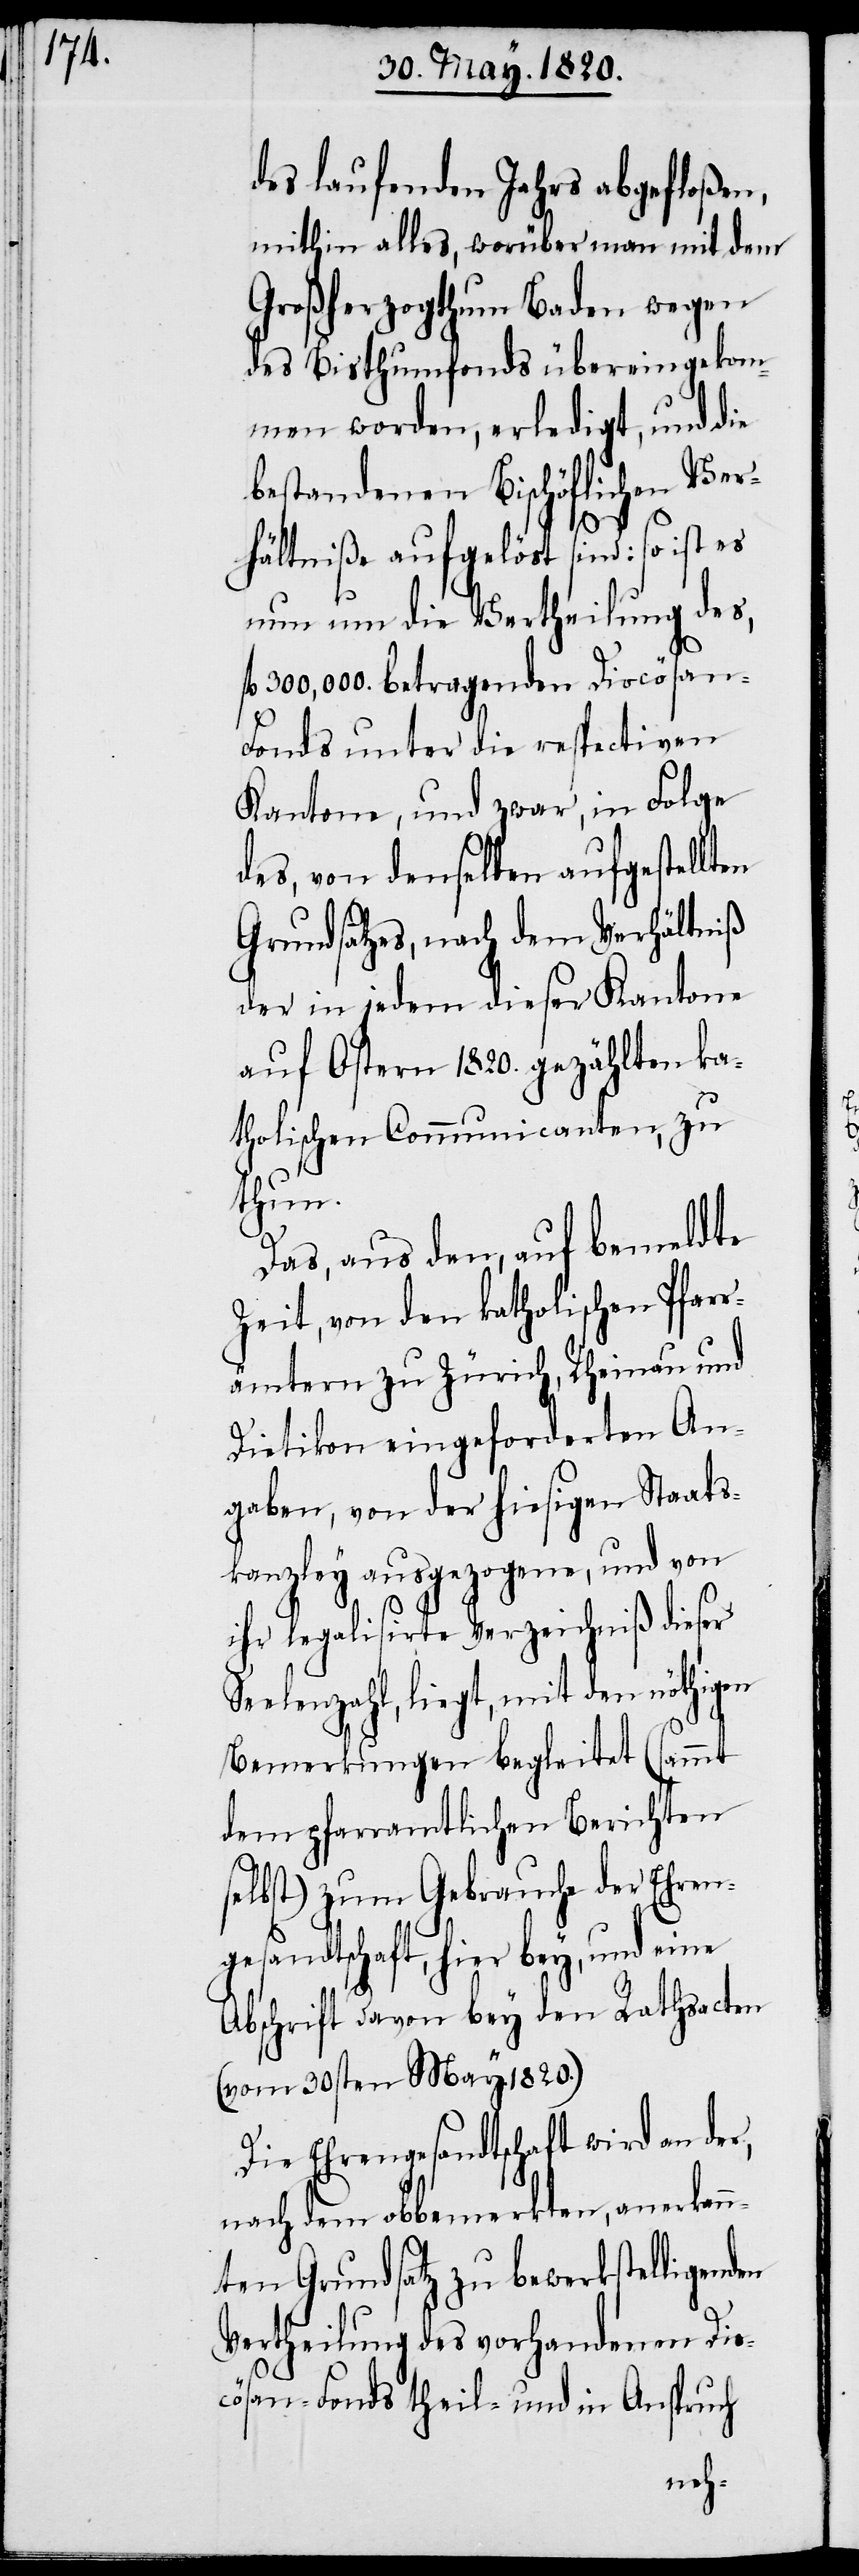
des laufenden Jahrs abgefloßen,
mithin alles, worüber man mit dem
Großherzogthum Baden wegen
des Bisthumfonds übereingekom¬
men worden, erledigt, und die
bestandenen Bischöflichen Ver¬
hältniße aufgelöst sind: so ist es
nun um die Vertheilung des,
fl. 300,000. betragenden Diocösan-F¬
onds unter die respectiven
Kantone, und zwar, in Folge
des, von denselben aufgestellten
Grundsatzes, nach dem Verhältniß
der in jedem dieser Kantone
auf Ostern 1820. gezählten ka¬
tholischen Communicanten, zu
thun.
Das, aus den, auf bemeldte
Zeit, von den katholischen Pfarr¬
ämtern zu Zürich, Rheinau und
Dietikon eingeforderten An¬
gaben, von der hiesigen Staats¬
kanzley ausgezogene, und von
ihr legalisirte Verzeichniß dieser
Seelenzahl, liegt, mit den nöthigen
Bemerkungen begleitet (sammt
dem pfarramtlichen Berichten
selbst) zum Gebrauche der Ehren¬
gesandtschaft, hier bey, und eine
Abschrift davon bey den Rathsacten
(vom 30sten May 1820.)
Die Ehrengesandtschaft wird an der,
nach dem obbemerkten, anerkann¬
ten Grundsatz zu bewerkstelligenden
Vertheilung des vorhandenen Dio¬
cösan-Fonds theil- und in Anspruch